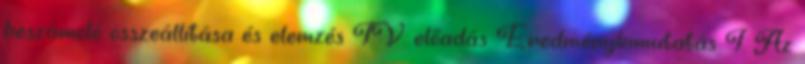
beszámoló összeállítása és elemzés IV. előadás Eredménykimutatás I. Az